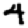
Digit: 4